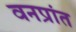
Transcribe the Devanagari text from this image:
वनप्रांत